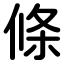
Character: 條